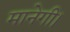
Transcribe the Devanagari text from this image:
मानेगी।